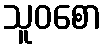
သူဝစော